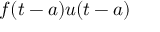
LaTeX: f ( t - a ) u ( t - a )